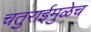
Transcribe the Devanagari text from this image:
चतुराईमुळेच